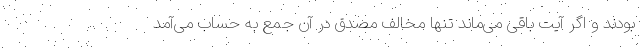
بودند و اگر آیت باقی می‌ماند تنها مخالف مصدق در آن جمع به حساب می‌آمد